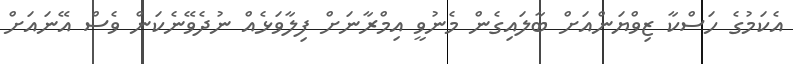
އެކަމުގެ ހަސްކާ ޒިވްޔަންއަށް ބާލައިގެން މެނުވީ އިމްރާނަށް ފިލާވަޅެއް ނުދެވޭނެކަން ވެސް އޭނައަށް